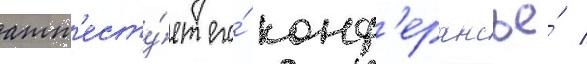
атт'есту́ет его́ конф'ерансье́ /